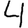
Digit: 4